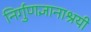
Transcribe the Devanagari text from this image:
निर्गुणज्ञानाश्रयी